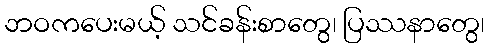
ဘဝကပေးမယ့် သင်ခန်းစာတွေ၊ ပြဿနာတွေ၊